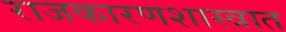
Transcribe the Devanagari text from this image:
राजकारणशास्त्रात